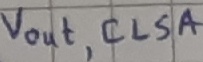
Text: Vout,CLSA